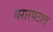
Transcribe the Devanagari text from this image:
थरारपटात